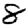
Digit: 8